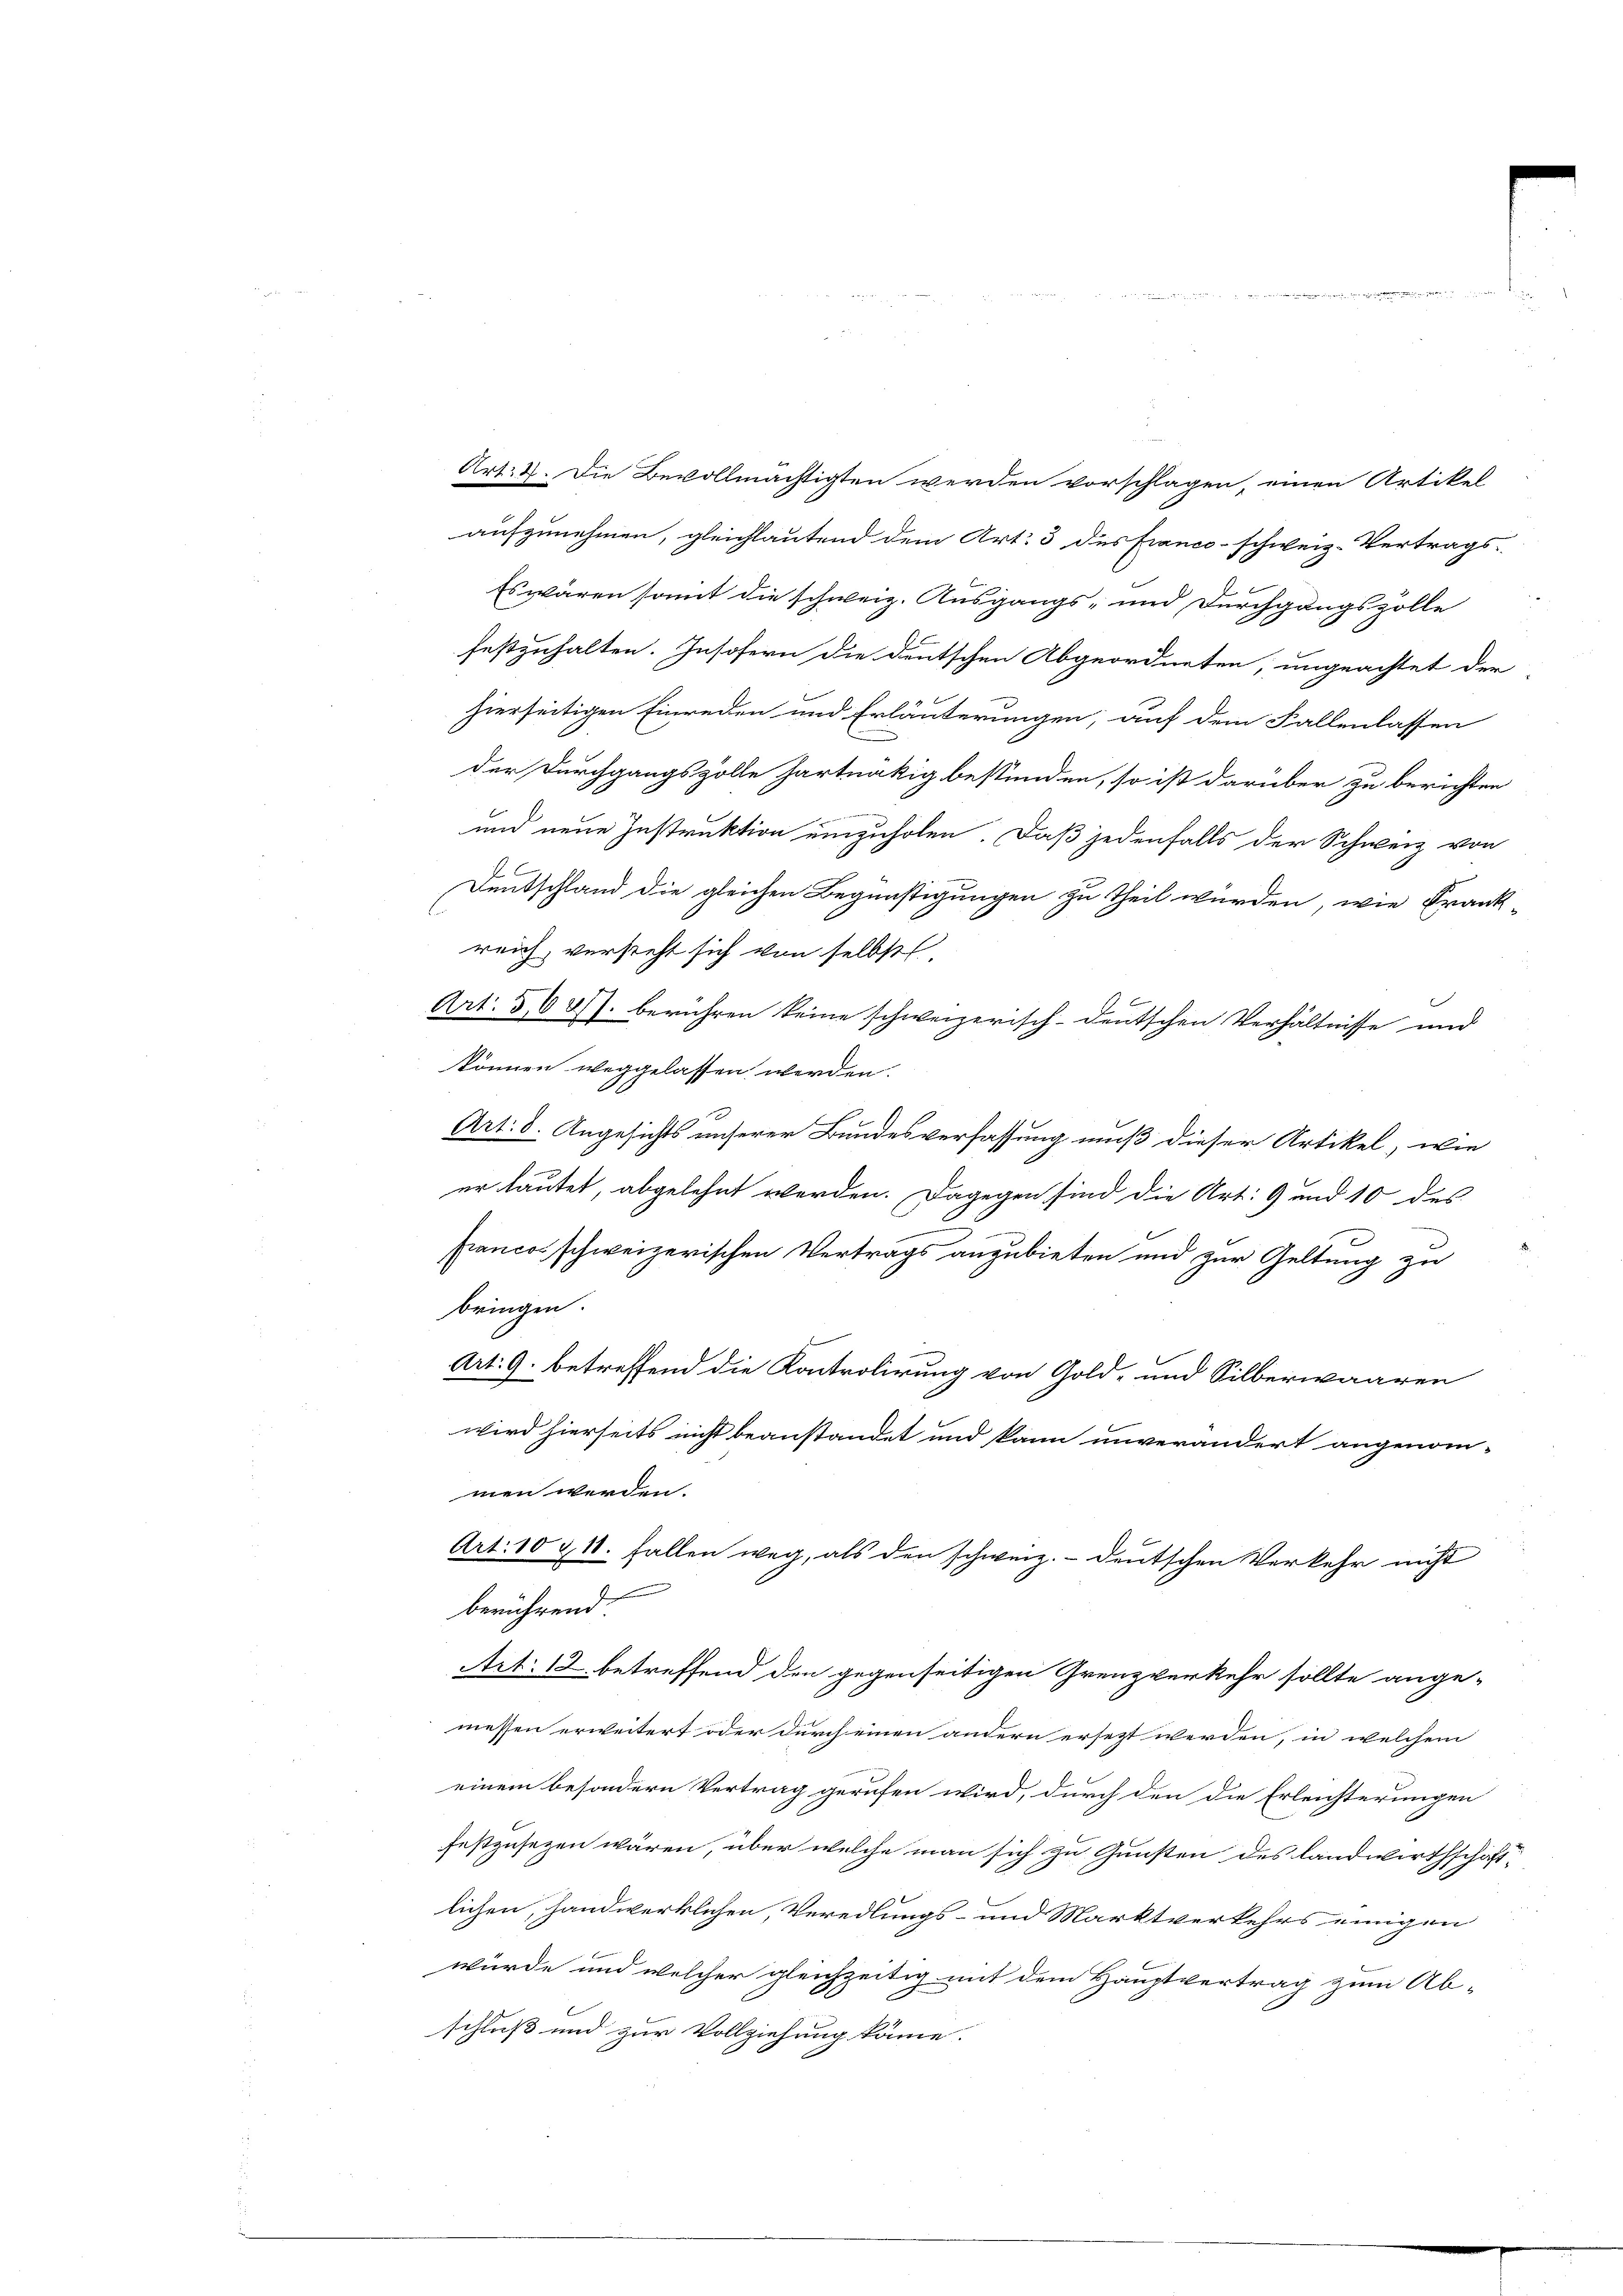
Art. 4. Die Bevollmächtigten werden vorschlagen, einen Artikel
aufzunehmen, gleichlautend dem Art. 3 des franco-schweiz. Vertrags-
Es wären somit die schweiz. Ausgangs- und Durchgangszolle
festzuhalten. Insofern die deutschen Abgeordneten, ungeachtet der
hierseitigen Einreden und Erläuterungen, auf dem Fallenlassen
der Durchgangszolle hartnäckig bestünden, so ist darüber zu berichten
und neue Instruktion einzuholen. Daß jedenfalls der Schweiz von
Deutschland die gleichen Begünstigungen zu theil würden, wie Frank-
reich, versteht sich von selbst
Art. 3,087. berühren keine schweizerisch-deutschen Verhältnisse und
können weggelassen werden.
Art. 8. Angesichts unserer Bundesverfassung muß dieser Artikel, wie
1
er lautet, abgelehnt werden. Dagegen sind die Art. 9 und 10 des
panco schweizerischen Vertrags anzubieten und zur Geltung zu
bringen.
Art. 9. betreffend die Kontrolirung von Gold- und Silberwaaren
wird hierseits nicht beanstandet und kann unverändert angenom-
men werden.
Art. 10 & 18. Fallen weg, als den schweiz.- deutschen Verkehr nicht
berührend
Art. 12. betreffend den gegenseitigen Grenzverkehr sollte ange-
messen erweitert oder durch einen andern ersezt werden, in welchem
einem besondern Vertrag gerufen wird, durch den die Erleichterungen
festzusetzen wären, über welche man sich zu Gunsten des Landwirthschaft
lichen, handwerklichen, Veredlungs- und Marktverkehrs einigen
würde und welcher gleichzeitig mit dem Hauptvertrag zum Ab-
schluß und zur Vollziehung könne.